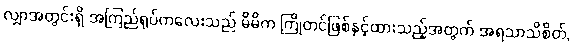
လျှာအတွင်းရှိ အကြည်ရုပ်ကလေးသည် မိမိက ကြိုတင်ဖြစ်နှင့်ထားသည့်အတွက် အရသာသိစိတ်,